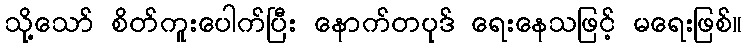
သို့သော် စိတ်ကူးပေါက်ပြီး နောက်တပုဒ် ရေးနေသဖြင့် မရေးဖြစ်။